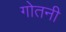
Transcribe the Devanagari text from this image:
गोतनी